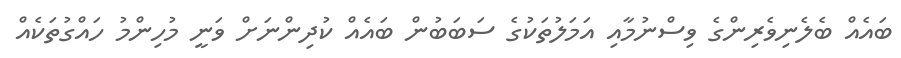
ބައެއް ބެލެނިވެރިންގެ ވިސްނުމާއި އަމަލުތަކުގެ ސަބަބުން ބައެއް ކުދިންނަށް ވަނީ މުހިންމު ހައްގުތަކެއް